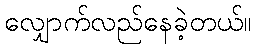
လျှောက်လည်နေခဲ့တယ်။